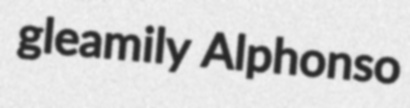
gleamily Alphonso